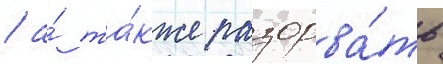
/ а́ та́кже разорва́ть